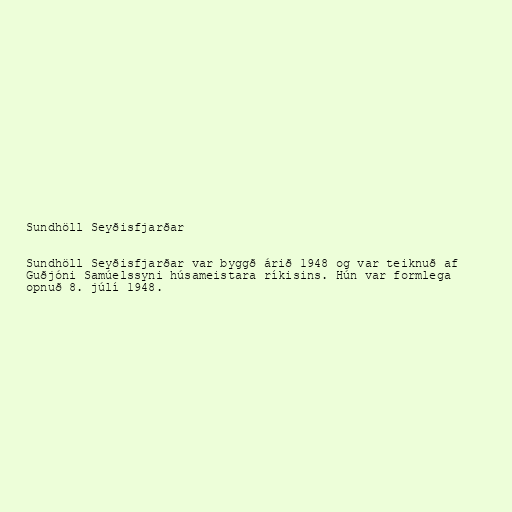
Sundhöll Seyðisfjarðar

Sundhöll Seyðisfjarðar var byggð árið 1948 og var teiknuð af
Guðjóni Samúelssyni húsameistara ríkisins. Hún var formlega
opnuð 8. júlí 1948.